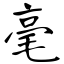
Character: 毫